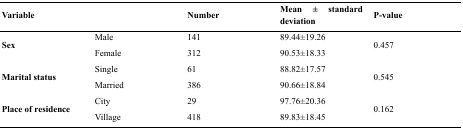
| <COLSPAN=2> Variable | Number | Mean ± standard deviation | P-value |
 | --- | --- | --- | --- | --- |
 | <ROWSPAN=2> Sex | Male | 141 | 89.44±19.26 | <ROWSPAN=2> 0.457 |
 | Female | 312 | 90.53±18.33 |
 | <ROWSPAN=2> Marital status | Single | 61 | 88.82±17.57 | <ROWSPAN=2> 0.545 |
 | Married | 386 | 90.66±18.84 |
 | <ROWSPAN=2> Place of residence | City | 29 | 97.76±20.36 | <ROWSPAN=2> 0.162 |
 | Village | 418 | 89.83±18.45 |